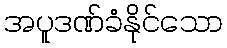
အပူဒဏ်ခံနိုင်သော